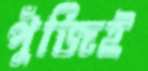
পুঁজিই